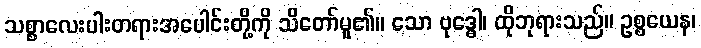
သစ္စာလေးပါးတရားအပေါင်းတို့ကို သိတော်မူ၏။ သော ဗုဒ္ဓေါ၊ ထိုဘုရားသည်။ ဥစ္စယေန၊